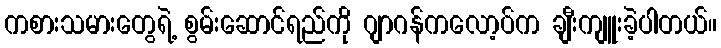
ကစားသမားတွေရဲ့ စွမ်းဆောင်ရည်ကို ဂျာဂန်ကလော့ပ်က ချီးကျူးခဲ့ပါတယ်။